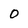
Character: O